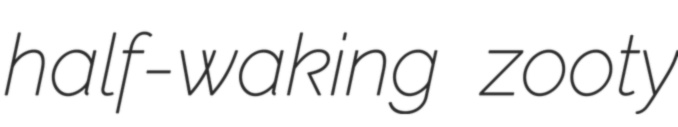
half-waking zooty